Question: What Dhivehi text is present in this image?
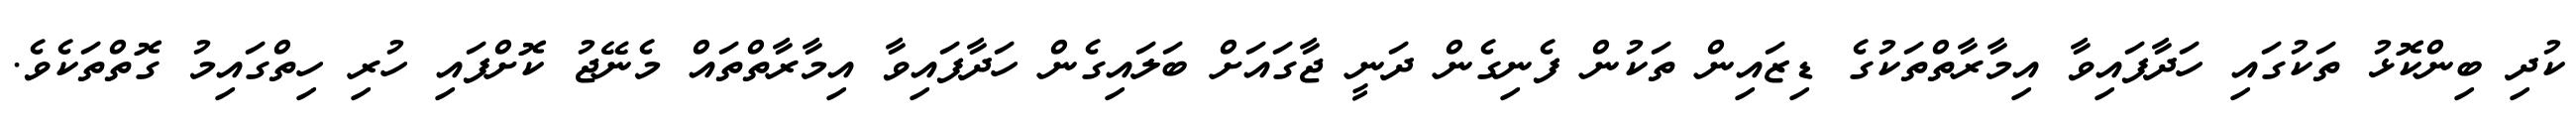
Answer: ކުދި ބިންކޮޅު ތަކުގައި ހަދާފައިވާ އިމާރާތްތަކުގެ ޑިޒައިން ތަކުން ފެނިގެން ދަނީ ޖާގައަށް ބަލައިގެން ހަދާފައިވާ އިމާރާތްތައް މެނޭޖު ކޮށްފައި ހުރި ހިތްގައިމު ގޮތްތަކެވެ.